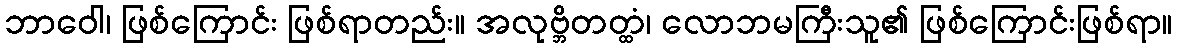
ဘာဝေါ၊ ဖြစ်ကြောင်း ဖြစ်ရာတည်း။ အလုဗ္ဘိတတ္ထံ၊ လောဘမကြီးသူ၏ ဖြစ်ကြောင်းဖြစ်ရာ။